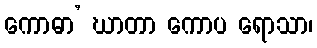
ကောဓာ’ ဃာတာ ကောပ ရောသာ၊